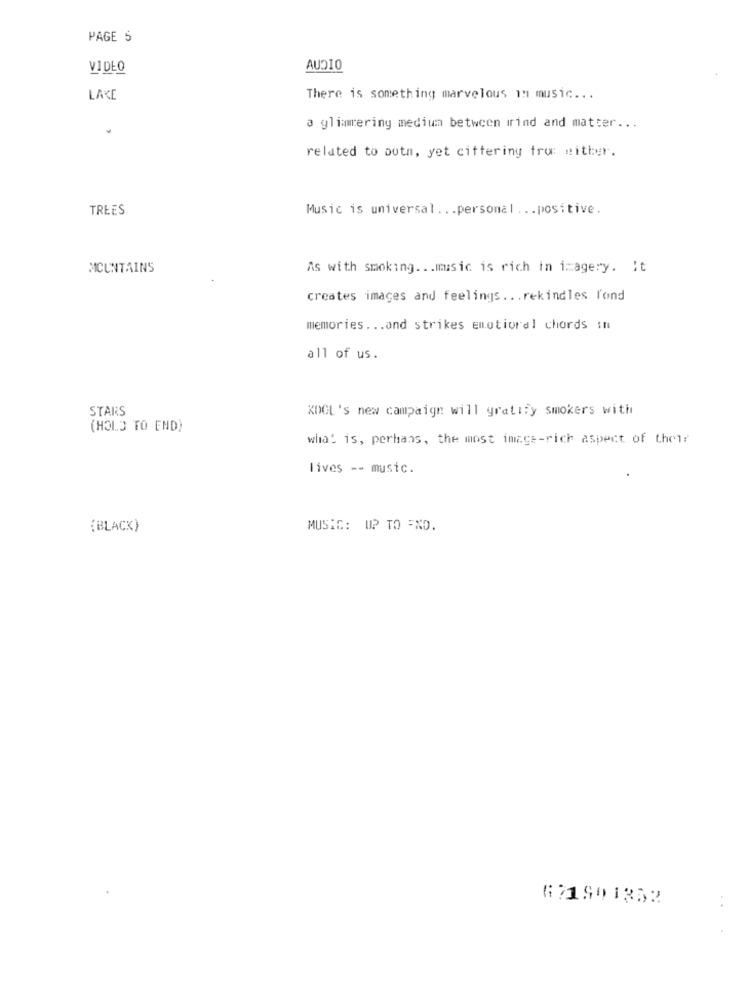
PAGE 5
VIDEO
AUDIO
LAKE
There is something marvelous in music ...
a glimmering medium between irind and matter ...
related to both, yet cittering tru: either.
TREES
Music is universal ... personal ... positive.
MICUNTAINS
As with smoking ... music is rich in imagery. It
creates images and feelings ... rekindles fond
memories ... and strikes emotional chords sh
all of us.
STARS
KOOL's new campaign will gratify smokers with
(HOLD TO END)
what is, perhans, the most image-rich aspect of their
lives -- music.
(BLACK)
MUSIC: UP TO =XD.
621901352
. .